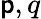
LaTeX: \mathsf{p},q